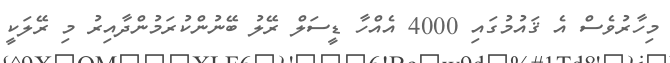
މިހާރުވެސް އެ ޤައުމުގައި 4000 އެއްހާ ޑީސަލް ރޭލު ބޭނުންކުރަމުންދާއިރު މި ރޭލަކީ